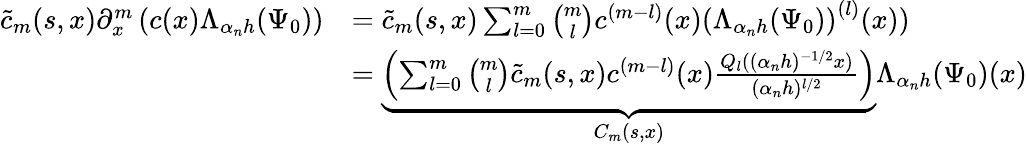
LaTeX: \begin{array}{rl}{\tilde{c}_{m}(s,x)\partial_{x}^{m}\left(c(x)\Lambda_{\alpha_{n}h}(\Psi_{0})\right)}&{=\tilde{c}_{m}(s,x)\sum_{l=0}^{m}{\binom{m}{l}}c^{(m-l)}(x)\left(\Lambda_{\alpha_{n}h}(\Psi_{0})\right)^{(l)}(x))}\\ &{=\underbrace{\left(\sum_{l=0}^{m}{\binom{m}{l}}\tilde{c}_{m}(s,x)c^{(m-l)}(x)\frac{Q_{l}((\alpha_{n}h)^{-1/2}x)}{(\alpha_{n}h)^{l/2}}\right)}_{C_{m}(s,x)}\Lambda_{\alpha_{n}h}(\Psi_{0})(x)}\end{array}